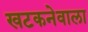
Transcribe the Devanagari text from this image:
खटकनेवाला